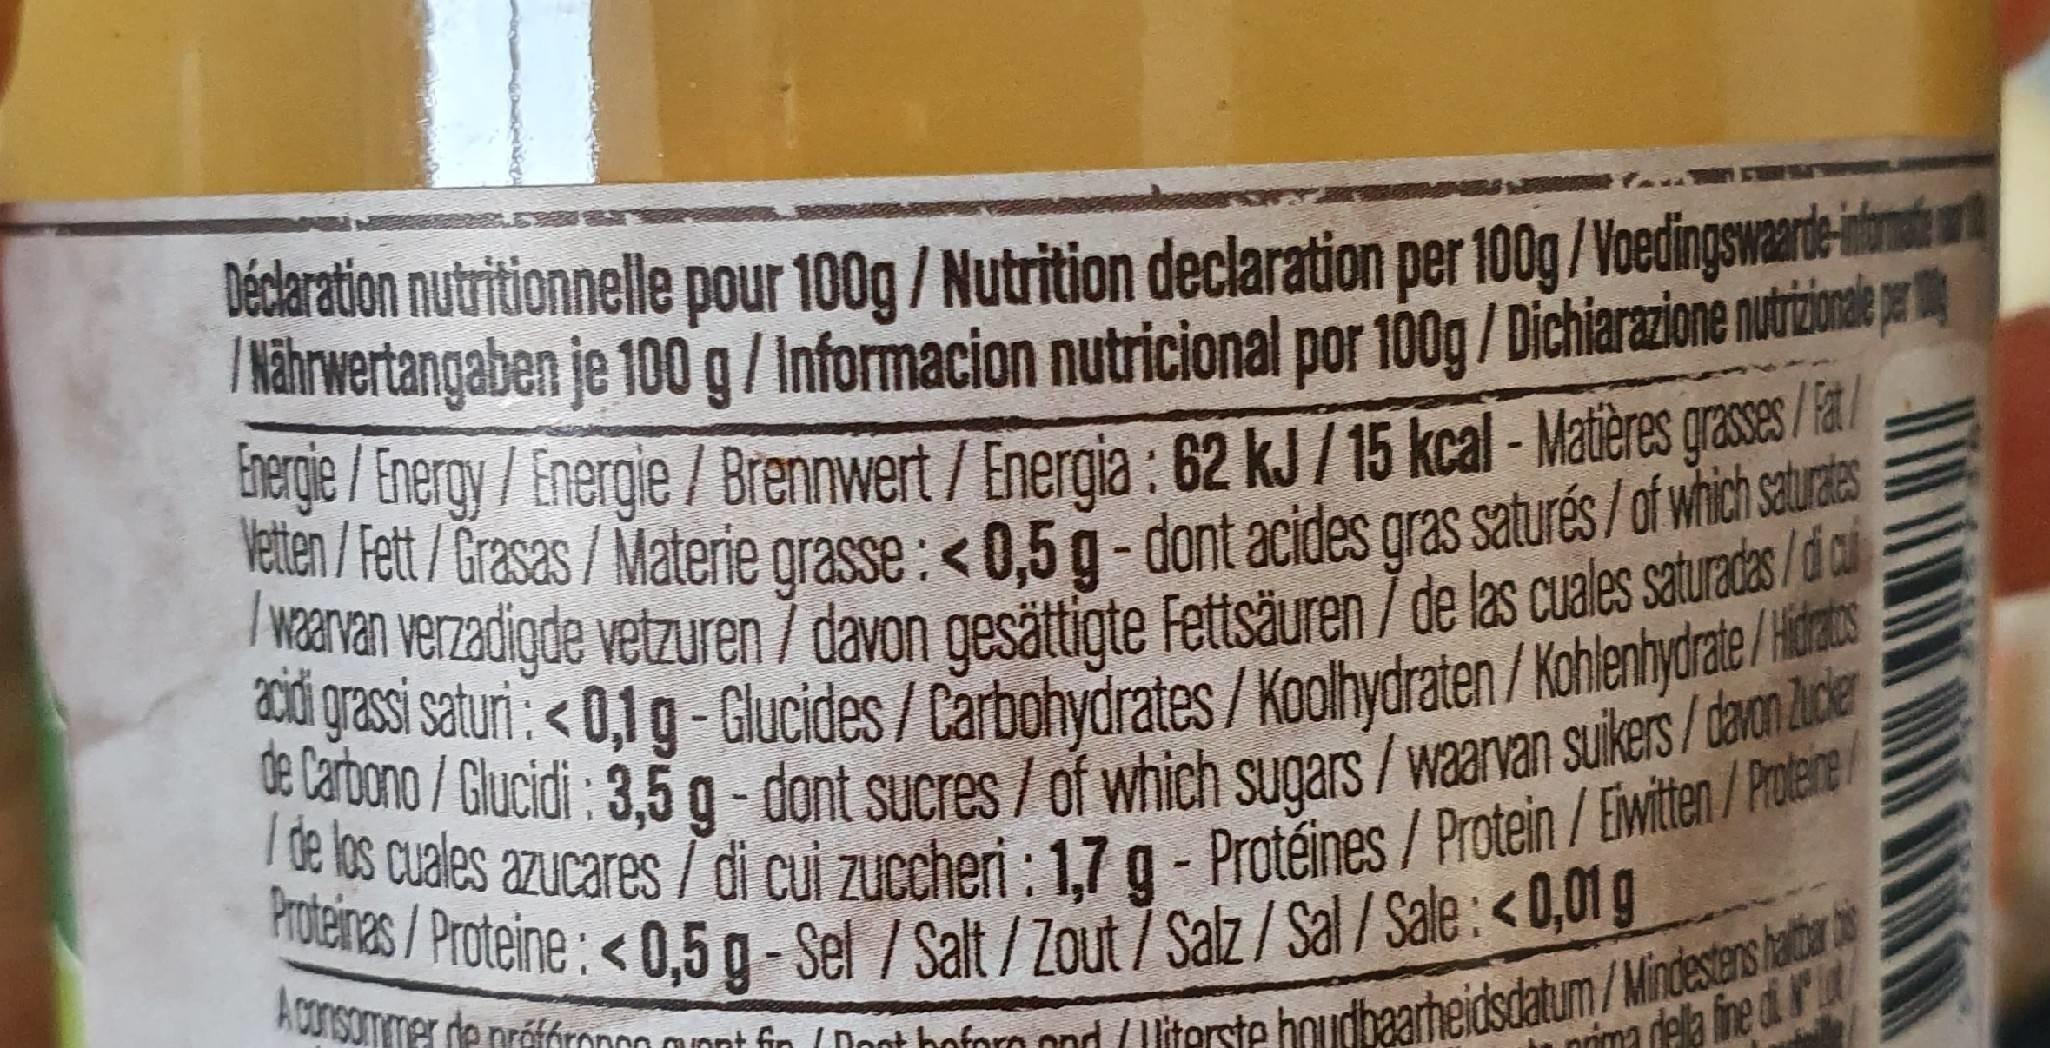
Déclaration nutritionnelle pour 100g / Nutrition declaration per 100g/Voedingswarde inbmat Nahrwertangaben je 100 g/Informacion nutricional por 100g / Dichiarazione nutrzionde pr Eherge / Energy/Energie/ Brennwert / Energia : 62 kJ/15 kcal - Matières grases/a Vetten/Fett / Grasas /Materie grasse: < 0,5 g - dont acides gras saturés /af which satratas van verzadigde vetzuren 7 davon gesättiote Fettsäuren 7 de las cuales saturecas / d grasi saturi: < 0,1 g-Glucides/Carbohydrates/ Koalhydraten / Kohlenhydrate/Hias de Carbono / Glucidi: 3,5g-dont sucres / of which sugars/waarvan suikers/daron Zucder5 I te los cuales azucares/ di cui zuccheri : 1,7 g - Protéines / Protein /Ewiten/ Potene Proteines/Proteine:<0,5 g- Sel /Salt / Zout / Salz/ Sal / Sale: < 0,01 g
Aconsommer de préfhronoo aunnt fin (Dont hoforo ond (literste houdbaarheidsdatum/Mindesters hatber b
pima dela fne di